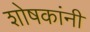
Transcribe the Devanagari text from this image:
शोषकांनी